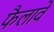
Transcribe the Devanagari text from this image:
फैलावें